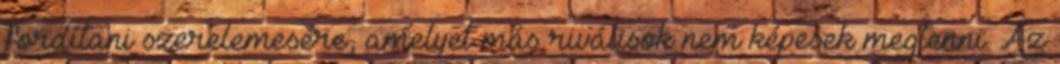
fordítani szerelemesére, amelyet más riválisok nem képesek megtenni. Az